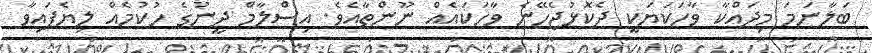
ބަލާނަމަ މިދައްކާ ވާހަކަޔަކީ ދެކޮޅުޖެހޭނެ ވާހަކައެއް ނޫންތާއެވެ. އިސްލާމް ދީނުގެ ހުކުމެއް ލިޔެފައިވާ